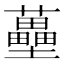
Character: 蘲